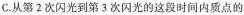
C. 从第2次闪光到第3次闪光的这段时间内质点的